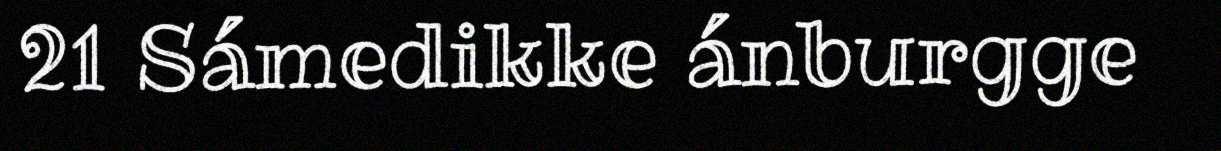
21 Sámedikke ánburgge